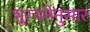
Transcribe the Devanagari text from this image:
भूरचनेनुसार